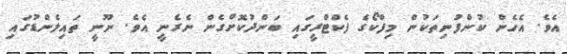
އެވެ. އެހެން ކުންފުނިތަކުން މިފްކޯގެ ފެކްޓްރީގައި ބަންދުކޮށްގެން ނެރެނީ އެވެ. ނޫނީ ތައިލެންޑުގައި